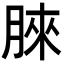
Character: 𣍿